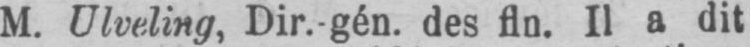
Il a dit